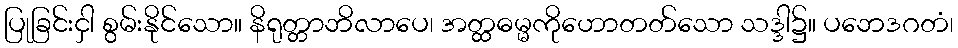
ပြုခြင်းငှါ စွမ်းနိုင်သော။ နိရုတ္တာဘိလာပေ၊ အတ္ထဓမ္မကိုဟောတတ်သော သဒ္ဒါ၌။ ပဘေဒဂတံ၊